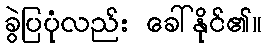
ခွဲပြပုံလည်း ခေါ်နိုင်၏။